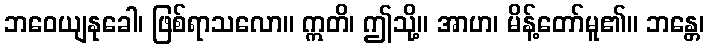
ဘဝေယျနုခေါ၊ ဖြစ်ရာသလော။ ဣတိ၊ ဤသို့။ အာဟ၊ မိန့်တော်မူ၏။ ဘန္တေ၊